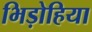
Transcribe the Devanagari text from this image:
भिड़ोहिया